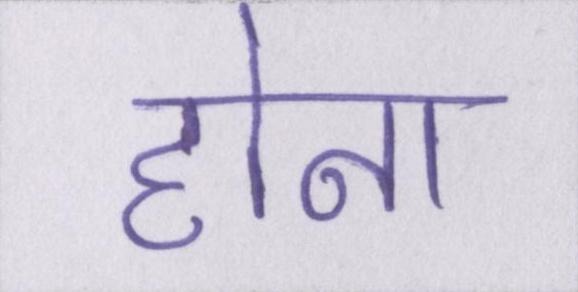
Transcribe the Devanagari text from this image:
होना